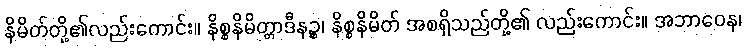
နိမိတ်တို့၏လည်းကောင်း။ နိစ္စနိမိတ္တာဒီနဉ္စ၊ နိစ္စနိမိတ် အစရှိသည်တို့၏ လည်းကောင်း။ အဘာဝေန၊